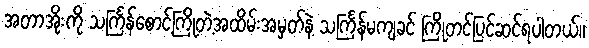
အတာအိုးကို သင်္ကြန်စောင့်ကြိုတဲ့အထိမ်းအမှတ်နဲ့ သင်္ကြန်မကျခင် ကြိုတင်ပြင်ဆင်ရပါတယ်။